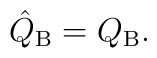
\hat Q_{\rm B} = Q_{\rm B}.